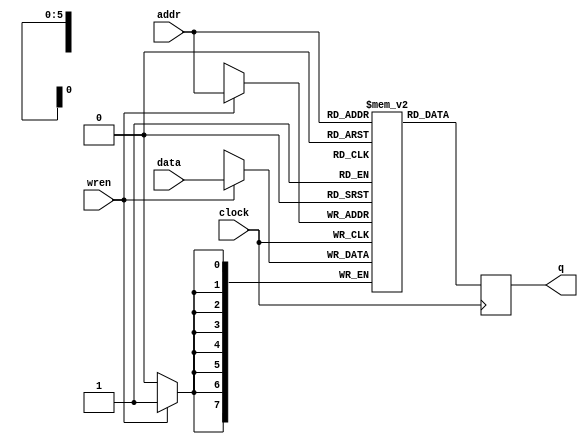
/*
DESCRIPTION

NOTES

TODO

*/

module ram_r0 #(
	parameter BIT_WIDTH = 8,
	parameter DELAY = 0
)(
	input  clock,
	input  [BIT_WIDTH-1:0] data,
	input  [5:0] addr,
	input  wren,

	output reg [BIT_WIDTH-1:0] q
);

/**********
 * Internal Signals
**********/
 reg [BIT_WIDTH-1:0] dataReg [63:0];

/**********
 * Glue Logic
 **********/

/**********
 * Synchronous Logic
 **********/
 always @(posedge clock) begin
	if(wren) begin
		dataReg[addr] <= data;
	end
	q <= dataReg[addr];
 end

/**********
 * Glue Logic
 **********/
/**********
 * Components
 **********/


/**********
 * Output Combinatorial Logic
 **********/

 //output selection


endmodule